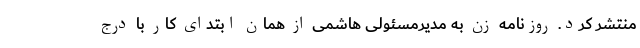
منتشر کرد. روزنامه زن به مدیرمسئولی هاشمی از همان ابتدای کار با درج